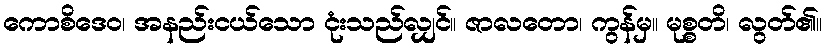
ကောစိဒေဝ၊ အနည်းငယ်သော ငုံးသည်လျှင်။ ဇာလတော၊ ကွန်မှ။ မုစ္စတိ၊ လွတ်၏။